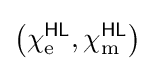
\left(\chi _{\text{e}}^{\textsf {HL}},\chi _{\text{m}}^{\textsf {HL}}\right)